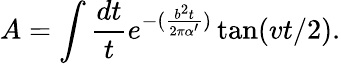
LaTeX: A=\int\frac{dt}{t}e^{-(\frac{b^{2}t}{2\pi\alpha^{\prime}})}\tan(vt/2).